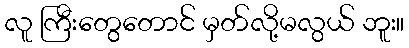
လူ ကြီးတွေတောင် မှတ်လို့မလွယ် ဘူး။